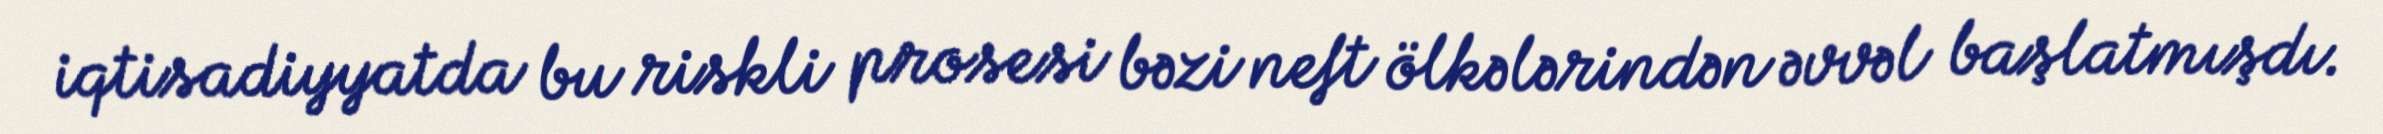
iqtisadiyyatda bu riskli prosesi bəzi neft ölkələrindən əvvəl başlatmışdı.